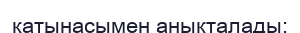
қатынасымен анықталады: